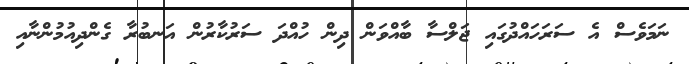
ނަމަވެސް އެ ސަރަހައްދުގައި ޖަލްސާ ބާއްވަން ދިން ހުއްދަ ސަރުކާރުން އަނބުރާ ގެންދިއުމުންނާއި